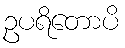
ဥပရိတောပိ